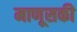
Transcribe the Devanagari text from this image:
माणूसकी